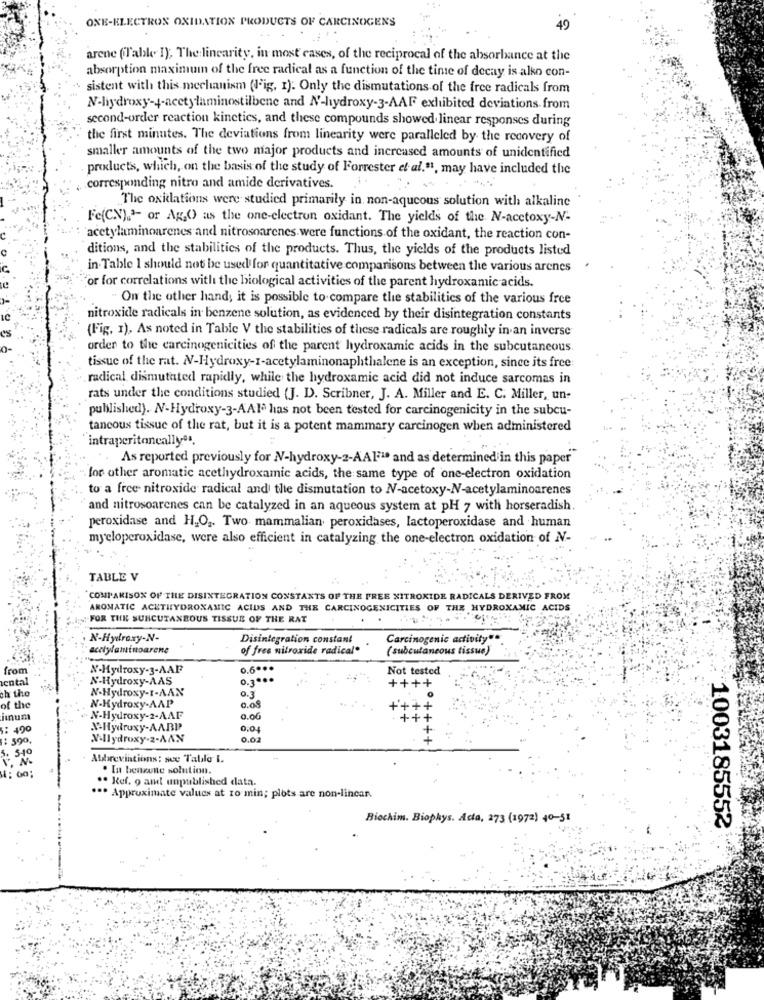
ONE-ELECTRON OXIDATION PRODUCTS OF CARCINOGENS
49
arene (Table I), The linearity, in most cases, of the reciprocal of the absorbance at the
absorption maximum of the free radical as a function of the time of decay is alko con-
sistent with this mechanism (J'ig, I). Only the dismutations of the free radicals from
N-liydroxy-4-acetylaminostilbene and N-hydroxy-3-AAF exhibited deviations from
second-order reaction kinetics, and these compounds showed linear responses during
the first minutes. The deviations from linearity were paralleled by the recovery of
smaller amounts of the two major products and increased amounts of unidentified
products, which, on the basis of the study of Forrester et al."1, may have included the
corresponding nitro and amide derivatives.
The oxidations were studied primarily in non-aqueous solution with alkaline
Fe(CN),"- or Ag,O) as the one-electron oxidant. The yields of the N-acctoxy-N-
acetylaminoarenes and nitrosoarenes were functions of the oxidant, the reaction con-
ditions, and the stabilities of the products. Thus, the yields of the products listed
in Table I should not be used for quantitative comparisons between the various arenes
or for correlations with the biological activities of the parent hydroxamic acids.
. On the other hand, it is possible to compare the stabilities of the various free
nitroxide radicals in benzene solution, as evidenced by their disintegration constants
(Fig. 1), As noted in Table V the stabilities of these radicals are roughly in an inverse
order to the carcinogenicities of the parent hydroxamic acids in the subcutaneous.
tissue of the rat. N-Hydroxy-I-acetylaminonaphthalene is an exception, since its free:
radical dismutated rapidly, while the hydroxamic acid did not induce sarcomas in
rats under the conditions studied {J. D). Scribner, J. A. Miller and E. C. Miller, un-
published). N-Hydroxy-3-AAIª has not been tested for carcinogenicity in the subcu-
tancous tissue of the rat, but it is a potent mammary carcinogen when administered
intraperitoneally".
..
As reported previously for N-hydroxy-2-AAF1º and as determined in this paper
for other aromatic acethydroxamic acids, the same type of one-electron oxidation
to a free nitroxide radical and the dismutation to NV-acetoxy-N-acetylaminoarenes
and nitrosoarenes can be catalyzed in an aqueous system at pH 7 with horseradish.
peroxidase and H.O2. Two mammalian, peroxidases, lactoperoxidase and human
myeloperoxidase, were also efficient in catalyzing the one-electron oxidation of NV-
TABLE V
COMPARISON OF THE DISINTEGRATION CONSTANTS OF THE FREE NITROKIDE RADICALS DERIVED FROM
AROMATIC ACETHYDROXAMIC ACIDS AND THE CARCINOGENICITIES OF THE HYDROXAMIC ACIDS
FOR THE SUNCUTANEOUS TISSUE OF THE RAT
N-Hydroxy-N-
Disintegration constant
Carcinogenic activity"
acetylaminoarene
of free nitroxide radical*
( subcutaneous tissue)
fron
N-Hydroxy-3-AAF
0.6 ...
Not tested
enta
N-Hydroxy-AAS
0.3 ...
+++
ch the
N-Hydroxy-I-AAN
0.3
of the
N-Hydroxy-AAP
0.08
jınum
N-Hydroxy-2-AAF
0.00
490
A-Hydroxy-AABP
0,04
590.
Willydroxy-2-AAN
0.02
. 540
Abbreviations: see Tatile I.
1: 60;
. In benzune solution.
.. Ref. 9 and unpublished data.
... Approximate values at 10 min; plots are non-linear.
Biochim. Biophys. Acta, 273 (1972) 40-51
1003185552